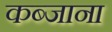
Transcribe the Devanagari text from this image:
कब्जाना